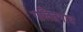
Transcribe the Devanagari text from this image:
गलितगात्र